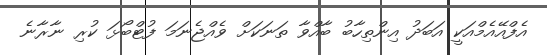
އެފްއޭއެމްއަކީ އަބަދު އިންތިހާބު ބާއްވާ ތަނަކަށް ވެއްޖެނަމަ ފުޓްބޯޅަ ކުރި ނާރާނެ